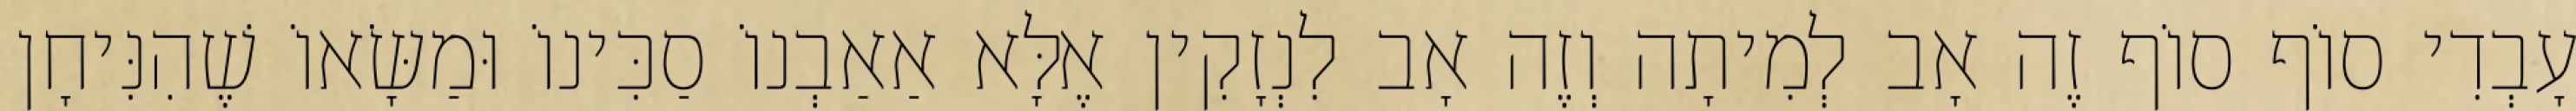
עָבְדִי סוֹף סוֹף זֶה אָב לְמִיתָה וְזֶה אָב לִנְזָקִין אֶלָּא אַאַבְנוֹ סַכִּינוֹ וּמַשָּׂאוֹ שֶׁהִנִּיחָן